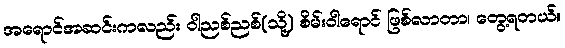
အရောင်အဆင်းကလည်း ဝါညစ်ညစ်(သို့) စိမ်းဝါရောင် ဖြစ်လာတာ၊ တွေ့ရတယ်။